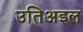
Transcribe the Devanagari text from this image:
उतिअइल